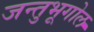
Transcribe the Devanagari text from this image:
जन्तुभूगोल